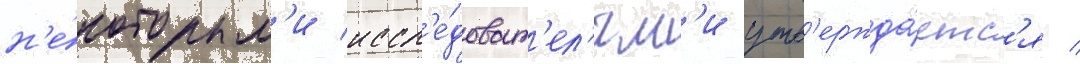
н'е́которым'и иссл'е́доват'ел'ям'и утв'ержда́етс'я /